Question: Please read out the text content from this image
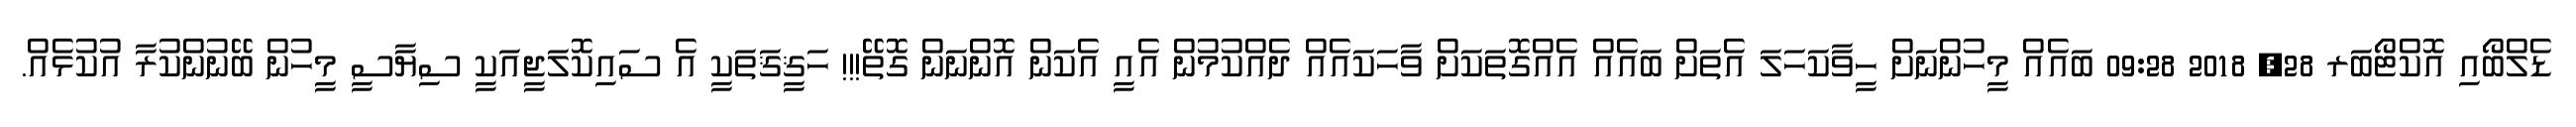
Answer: ޑެލްބޯއި އޮކްޓޯބަރ 28, 2018 09:28 ބައެއް މީހުންނަށް ހީވާކަހަލަ އެތަށް ބައެއް އެއްގޮތަކަށް ވާހަކައެއް ދެއްކުމުން އެއީ އެކަން އޮންނަން ގޮތޭ!!! ހަޤީޤަތަކީ އެ ސައިކޮލަޖީއަކީ ސިޔާސީ މީހުން ބޭނުންކުރާ އުކުޅެއް.